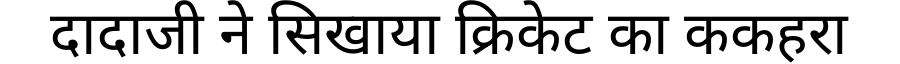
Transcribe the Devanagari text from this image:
दादाजी ने सिखाया क्रिकेट का ककहरा